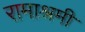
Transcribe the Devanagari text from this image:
रामाश्रमी